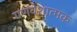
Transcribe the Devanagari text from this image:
गणवेशात्मक